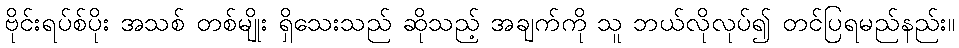
ဗိုင်းရပ်စ်ပိုး အသစ် တစ်မျိုး ရှိသေးသည် ဆိုသည့် အချက်ကို သူ ဘယ်လိုလုပ်၍ တင်ပြရမည်နည်း။